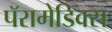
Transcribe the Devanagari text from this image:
पॅरामेडिक्स